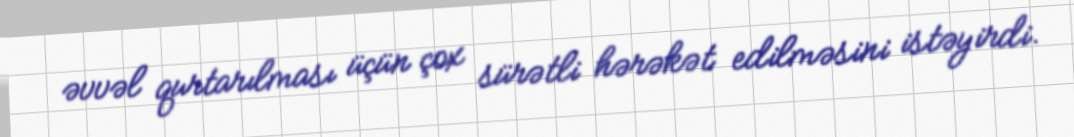
əvvəl qurtarılması üçün çox sürətli hərəkət edilməsini istəyirdi.